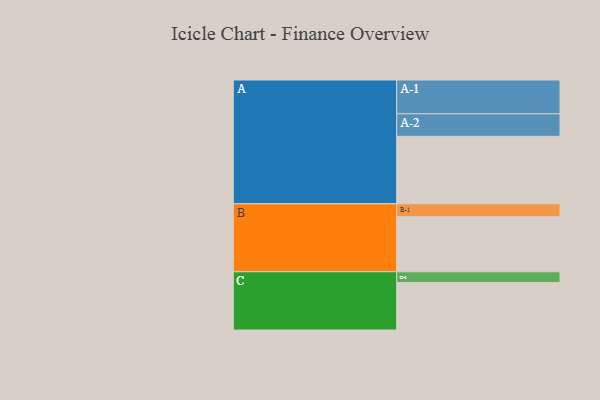
{"axis": {"x": "Segment", "y": "Value"}, "legend": ["", "A", "B", "C"], "data": [{"x": "A", "y": 461, "type": ""}, {"x": "B", "y": 376, "type": ""}, {"x": "C", "y": 324, "type": ""}, {"x": "A-1", "y": 231, "type": "A"}, {"x": "A-2", "y": 154, "type": "A"}, {"x": "B-1", "y": 89, "type": "B"}, {"x": "C-1", "y": 74, "type": "C"}]}